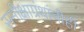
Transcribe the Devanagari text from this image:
समीक्षाग्रंथांचीही